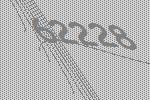
62228